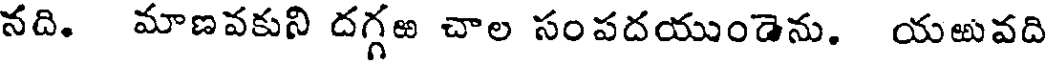
నది. మాణవకుని దగ్గఱ చాల సంపదయుండెను. యఱువది